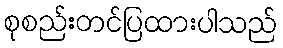
စုစည်းတင်ပြထားပါသည်